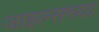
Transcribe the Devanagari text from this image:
जाइल्सच्या